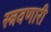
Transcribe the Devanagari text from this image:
स्त्रवणारी